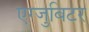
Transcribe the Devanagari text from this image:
एग्जुबिटर